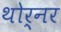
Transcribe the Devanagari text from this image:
थोर्नर